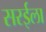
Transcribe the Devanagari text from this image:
सरईला